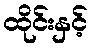
ထိုင်းနှင့်